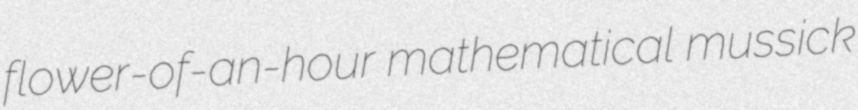
flower-of-an-hour mathematical mussick